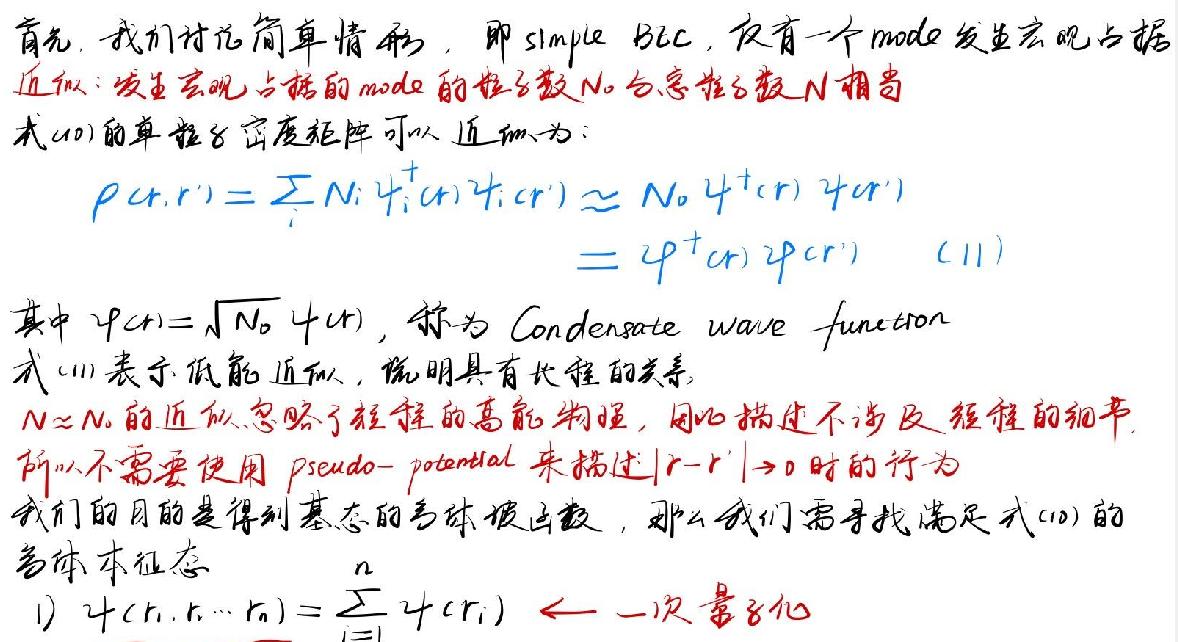
首先，我们讨论简单情形，即 simple BEC，仅有一个 mode 发生宏观占据
近似：发生宏观占据的 mode 的粒子数 $N_0$ 与总粒子数 $N$ 相当
式(10)的单粒子密度矩阵可以近似为：
\[
\begin{align*}
\rho(r,r')=\sum_i N_i \psi_i^+(r)\psi_i(r')&\approx N_0 \psi^+(r)\psi(r')\\
&=\varphi^+(r)\varphi(r') \quad (11)
\end{align*}
\]
其中 $\varphi(r)=\sqrt{N_0}\psi(r)$，称为 Condensate wave function
式(11)表示低能近似，说明具有长程的关系
$N\approx N_0$ 的近似忽略了往往的高能物理，因此描述不涉及往往的细节
所以不需要使用 pseudo - potential 来描述 $|r - r'|\to0$ 时的行为
我们的目的是得到基态的多体波函数，那么我们需寻找满足式(10)的
多体本征态
1) $\psi(r_1,r_2,\cdots,r_n)=\prod_{i = 1}^{n}\psi(r_i)$ $\leftarrow$ 一次量子化